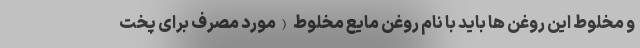
و مخلوط این روغن ها باید با نام روغن مایع مخلوط (مورد مصرف برای پخت